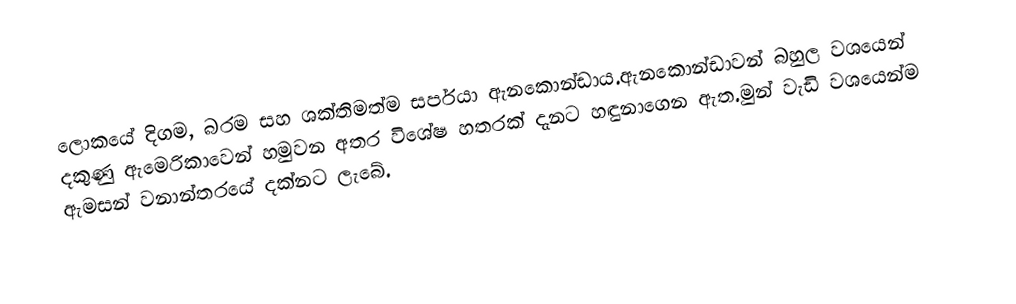
ලොකයේ දිගම, බරම සහ ශක්තිමත්ම සර්පයා ඇනකොන්ඩාය.ඇනකොන්ඩාවන් බහුල වශයෙන් දකුණු ඇමෙරිකාවෙන් හමුවන අතර විශේෂ හතරක් දැනට හඳුනාගෙන ඇත.මුන් වැඩි වශයෙන්ම ඇමසන් වනාන්තරයේ දක්නට ලැබේ.